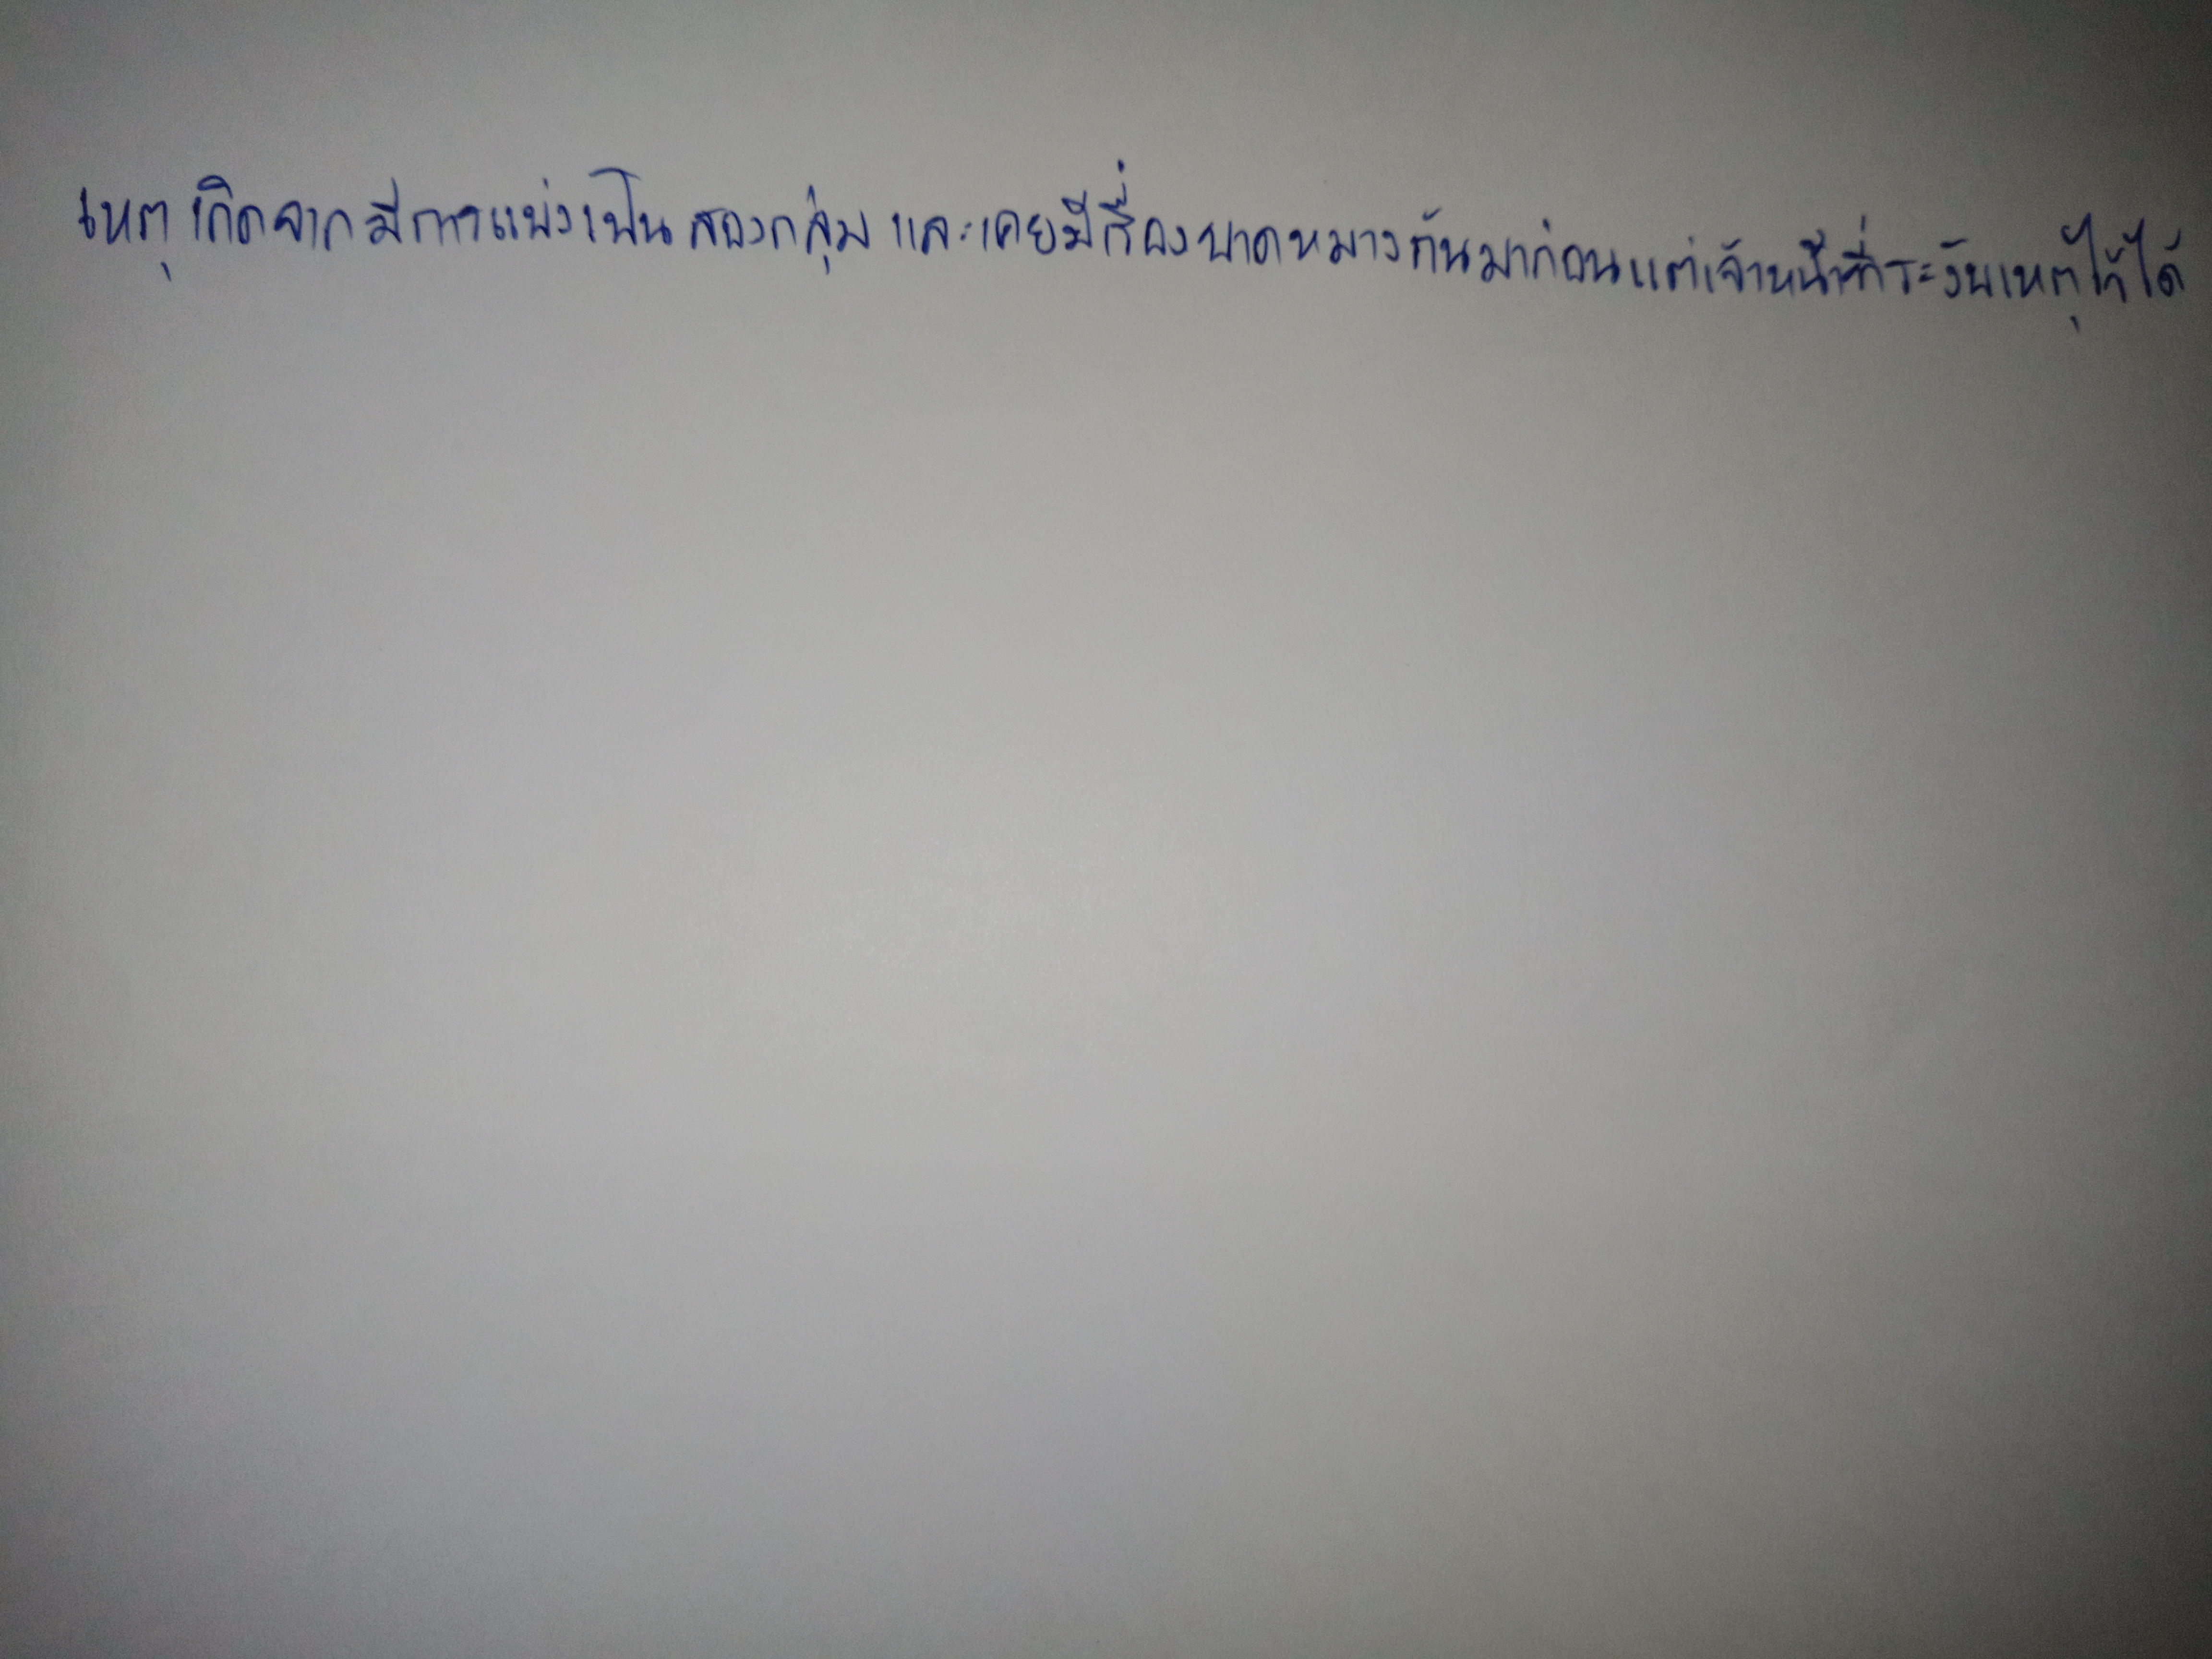
เหตุเกิดจากมีการแบ่งเป็นสองกลุ่มและเคยมีเรื่องบาดหมางกันมาก่อนแต่เจ้าหน้าที่ระงับเหตุไว้ได้